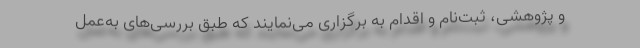
و پژوهشی، ثبت‌نام و اقدام به برگزاری می‌نمایند که طبق بررسی‌های به‌عمل